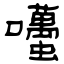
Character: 囆